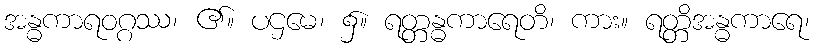
အန္ဓကာရဝဂ္ဂဿ၊ ၏။ ပဌမေ၊ ၌။ ရတ္တန္ဓကာရေတိ၊ ကား။ ရတ္တိအန္ဓကာရေ၊